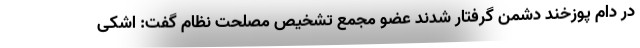
در دام پوزخند دشمن گرفتار شدند عضو مجمع تشخیص مصلحت نظام گفت: اشکی